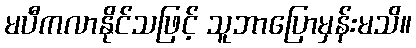
မပီကလာနိုင်သဖြင့် သူဘာပြောမှန်းမသိ။